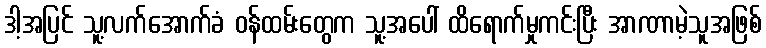
ဒါ့အပြင် သူ့လက်အောက်ခံ ဝန်ထမ်းတွေက သူ့အပေါ် ထိရောက်မှုကင်းပြီး အာဏာမဲ့သူအဖြစ်